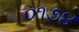
૦૧૭૪